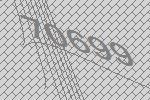
70699